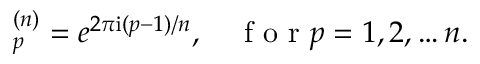
\begin{array} { r } { { \bf \Pi } _ { p } ^ { ( n ) } = e ^ { 2 \pi \mathrm { i } ( p - 1 ) / n } , \quad \mathrm { ~ f ~ o ~ r ~ } p = 1 , 2 , \ldots n . } \end{array}